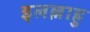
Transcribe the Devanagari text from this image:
इलल्लाहु